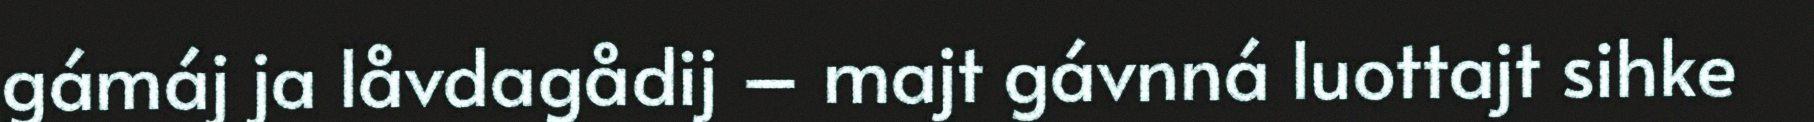
gámáj ja låvdagådij – majt gávnná luottajt sihke